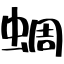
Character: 蜩